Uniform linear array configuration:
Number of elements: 12
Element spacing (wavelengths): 0.5
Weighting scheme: hann
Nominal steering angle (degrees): -45
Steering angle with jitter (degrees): -45.031
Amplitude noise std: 0.05
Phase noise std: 0.05

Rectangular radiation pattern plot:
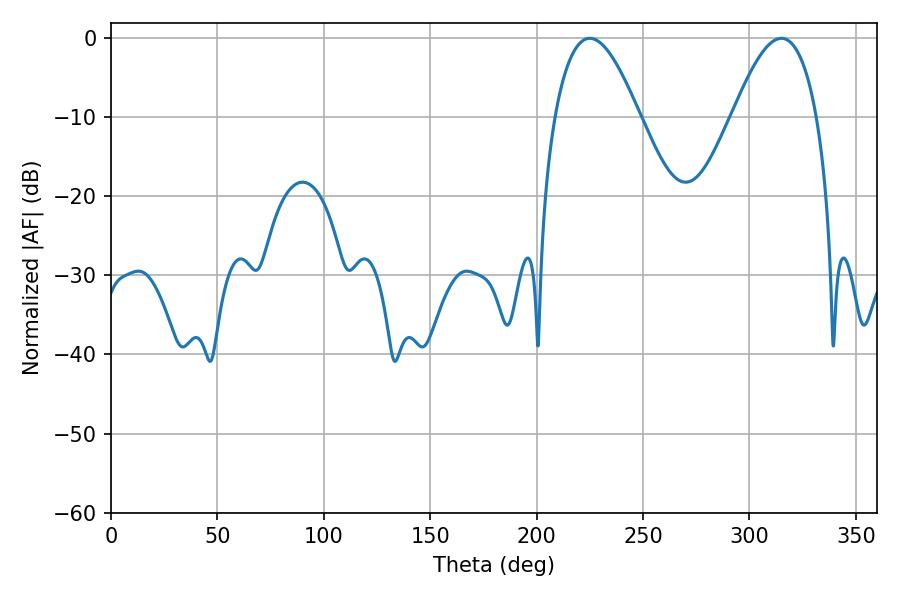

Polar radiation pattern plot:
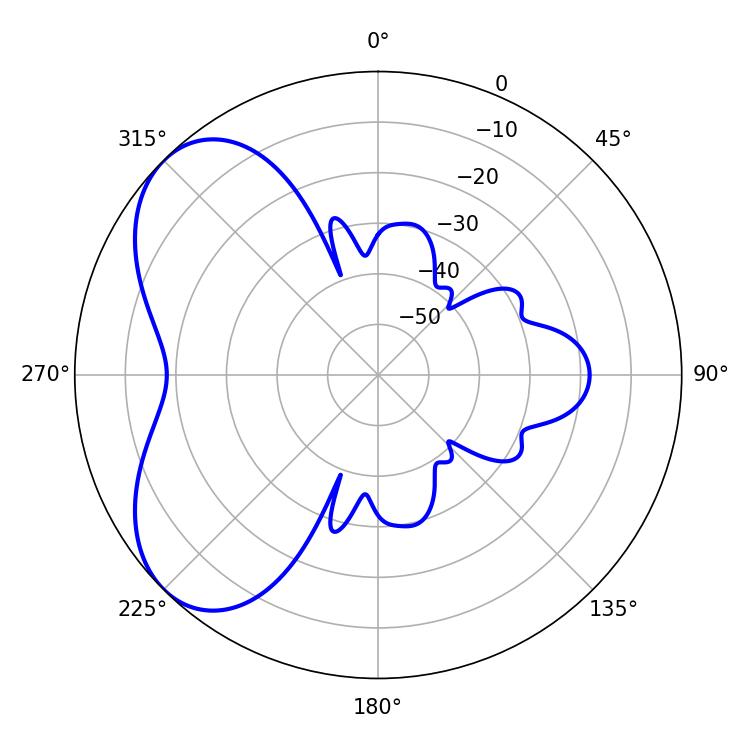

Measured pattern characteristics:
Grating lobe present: FALSE
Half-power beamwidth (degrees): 21.6
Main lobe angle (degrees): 225